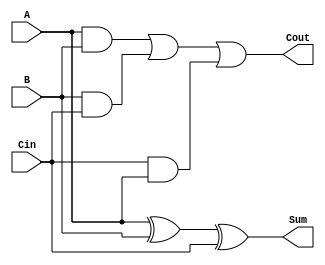
`timescale 1ns / 1ps
module FullAdder1Bit(
    input A,B,Cin,
    output Sum,Cout
    );
assign Sum = A ^ B ^ Cin ;
assign Cout= A & B | B & Cin | Cin & A ;
endmodule